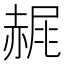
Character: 𧹧